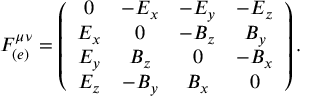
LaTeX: F _ { ( e ) } ^ { \mu \nu } = \left( \begin{array} { c c c c } { { 0 } } & { { - E _ { x } } } & { { - E _ { y } } } & { { - E _ { z } } } \\ { { E _ { x } } } & { { 0 } } & { { - B _ { z } } } & { { B _ { y } } } \\ { { E _ { y } } } & { { B _ { z } } } & { { 0 } } & { { - B _ { x } } } \\ { { E _ { z } } } & { { - B _ { y } } } & { { B _ { x } } } & { { 0 } } \end{array} \right) .